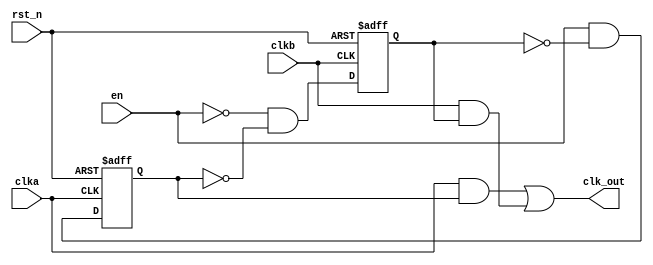
module glitch (
	input clka, clkb, rst_n, en,
	output clk_out
);

reg clka1, clkb1;
wire outa, outb;

always@(negedge clka or negedge rst_n) begin
	if (!rst_n) clka1 <= 1'b0;
	else clka1 <= en & ~clkb1;
end

always@(negedge clkb or negedge rst_n) begin
	if (!rst_n) clkb1 <= 1'b0;
	else clkb1 <= ~en & ~clka1;
end
assign outa = clka&clka1;
assign outb = clkb&clkb1;
assign clk_out = outa | outb;

endmodule